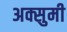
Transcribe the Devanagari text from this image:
अक्सुमी